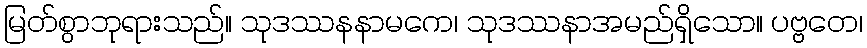
မြတ်စွာဘုရားသည်။ သုဒဿနနာမကေ၊ သုဒဿနာအမည်ရှိသော။ ပဗ္ဗတေ၊